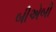
બીએબી